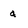
Character: a